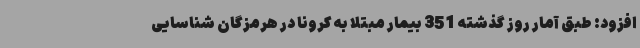
افزود: طبق آمار روز گذشته 351 بیمار مبتلا به کرونا در هرمزگان شناسایی